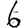
Digit: 6